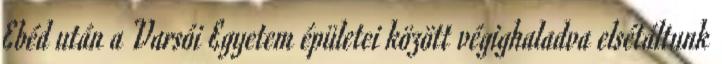
Ebéd után a Varsói Egyetem épületei között végighaladva elsétáltunk